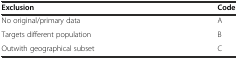
| Exclusion | Code |
 | --- | --- |
 | No original/primary data | A |
 | Targets different population | B |
 | Outwith geographical subset | C |